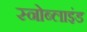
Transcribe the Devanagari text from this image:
स्नोब्लाइंड